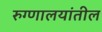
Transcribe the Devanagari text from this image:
रुग्णालयांतील